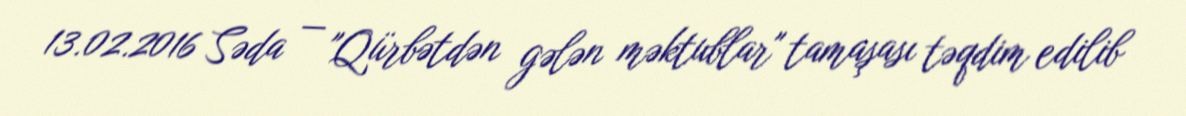
13.02.2016 Səda — "Qürbətdən gələn məktublar" tamaşası təqdim edilib